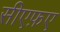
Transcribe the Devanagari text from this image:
सीएफ़ए